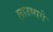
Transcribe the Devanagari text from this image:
लाउसाने